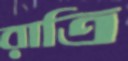
রাত্রি